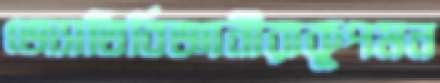
জ্যোতির্বিজ্ঞানীরাকূপমন